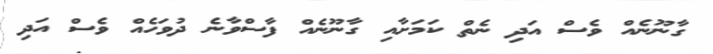
ގާނޫނެއް ވެސް އަދި ނެތް ކަމަށާއި ގާނޫނެއް ފާސްވާނެ ދުވަހެއް ވެސް އަދި